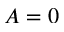
A = 0